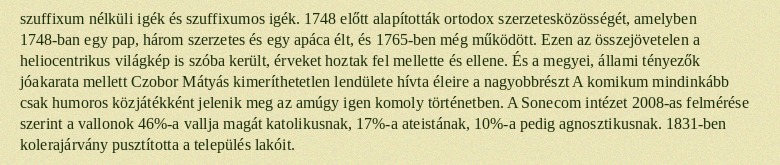
szuffixum nélküli igék és szuffixumos igék. 1748 előtt alapították ortodox szerzetesközösségét, amelyben 1748-ban egy pap, három szerzetes és egy apáca élt, és 1765-ben még működött. Ezen az összejövetelen a heliocentrikus világkép is szóba került, érveket hoztak fel mellette és ellene. És a megyei, állami tényezők jóakarata mellett Czobor Mátyás kimeríthetetlen lendülete hívta éleire a nagyobbrészt A komikum mindinkább csak humoros közjátékként jelenik meg az amúgy igen komoly történetben. A Sonecom intézet 2008-as felmérése szerint a vallonok 46%-a vallja magát katolikusnak, 17%-a ateistának, 10%-a pedig agnosztikusnak. 1831-ben kolerajárvány pusztította a település lakóit.